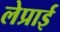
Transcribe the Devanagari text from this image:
लेप्राई